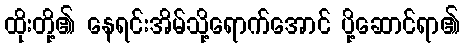
ထိုးတို့၏ နေရင်းအိမ်သို့ရောက်အောင် ပို့ဆောင်ရာ၏